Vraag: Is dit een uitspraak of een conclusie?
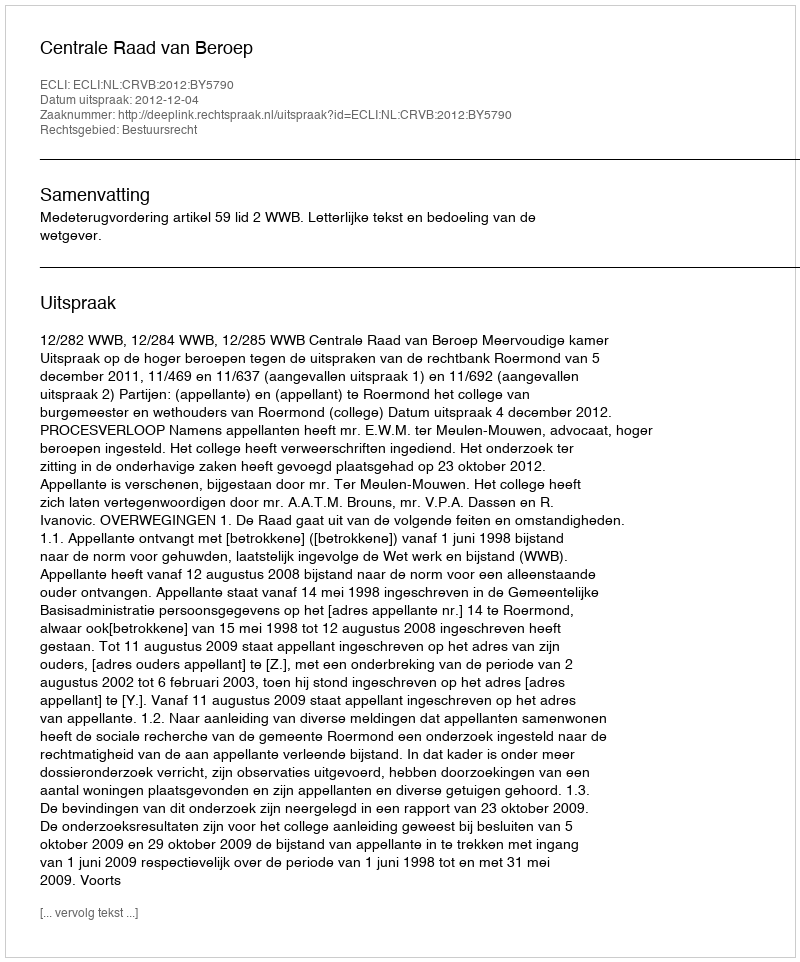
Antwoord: Uitspraak